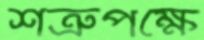
শত্রুপক্ষে